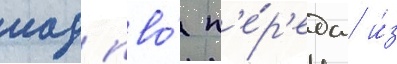
иад пво́ п'е́р'едан и́з